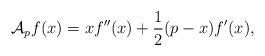
LaTeX: \begin{align*} {\mathcal{A}}_p f(x) = xf''(x)+\frac{1}{2}(p- x)f'(x),\end{align*}